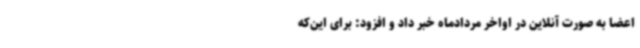
اعضا به صورت آنلاین در اواخر مردادماه خبر داد و افزود: برای این‌که